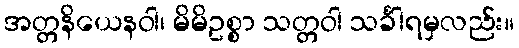
အတ္တနိယေနဝါ၊ မိမိဥစ္စာ သတ္တဝါ သင်္ခါရမှလည်း။